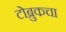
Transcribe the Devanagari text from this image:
टोब्रुकचा